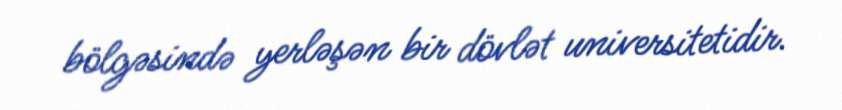
bölgəsində yerləşən bir dövlət universitetidir.